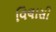
વિલાસી